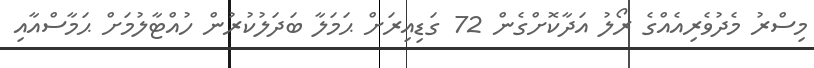
މިސްރު މެދުވެރިއެއްގެ ރޯލު އަދާކޮށްގެން 72 ގަޑިއިރަށް ޙަމަލާ ބަދަލުކުރުން ހުއްޓާލުމަށް ޙަމާސްއާއި